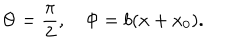
LaTeX: \Theta = \frac \pi 2 , ~ \Phi = b ( x + x _ { 0 } ) .